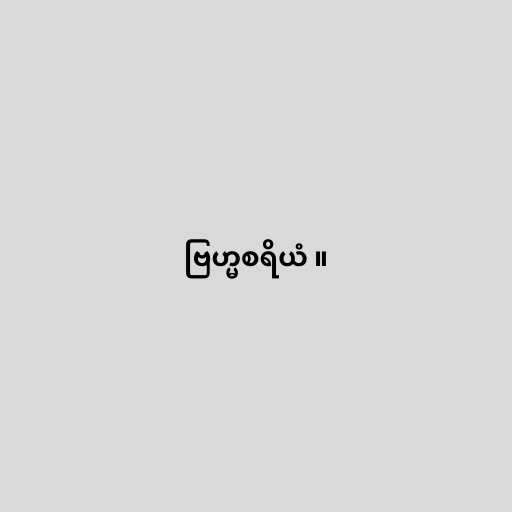
ဗြဟ္မစရိယံ ။